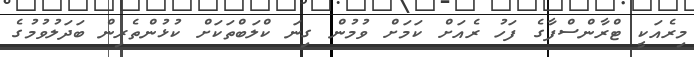
މިރެއަކީ ޓްރާންސްފާގެ ފަހު ރެއަށް ކަމަށް ވުމުން ގިނަ ކްލަބްތަކަށް ކުޅުންތެރިން ބަދަލުވުމުގެ